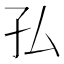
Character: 𭒸